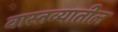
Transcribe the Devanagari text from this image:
वास्तव्यातील